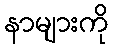
နာများကို